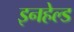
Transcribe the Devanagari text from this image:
इनहेल्ड